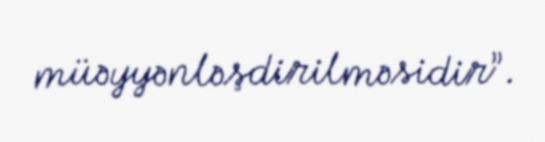
müəyyənləşdirilməsidir”.